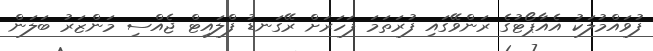
ފުވައްމުލަކު އެއާޕޯޓުގެ ރަންވޭގައި ފުރަތަމަ ފަހަރަށް ރޭގަނޑު ފްލައިޓް ޖެއްސި މަންޒަރު ބަލަން